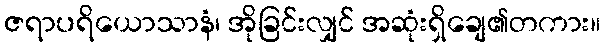
ဇရာပရိယောသာနံ၊ အိုခြင်းလျှင် အဆုံးရှိချေ၏တကား။